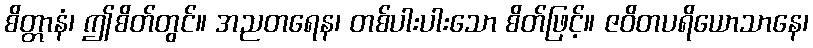
စိတ္တာနံ၊ ဤစိတ်တွင်။ အညတရေန၊ တစ်ပါးပါးသော စိတ်ဖြင့်။ ဇဝိတပရိယောသာနေ၊